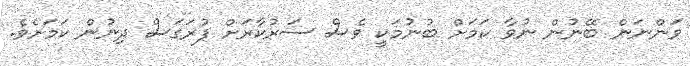
ވަންނަން ބޭނުން ނުވާ ކަމަށް ބުނުމަކީ ވެސް ސަރުކާރަށް ފުރަގަސް ދިނުން ކަމަށެވެ.